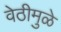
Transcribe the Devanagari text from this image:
वेठीमुळे